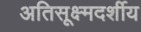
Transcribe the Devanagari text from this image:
अतिसूक्ष्मदर्शीय